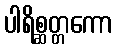
ပါရိစ္ဆတ္တကော